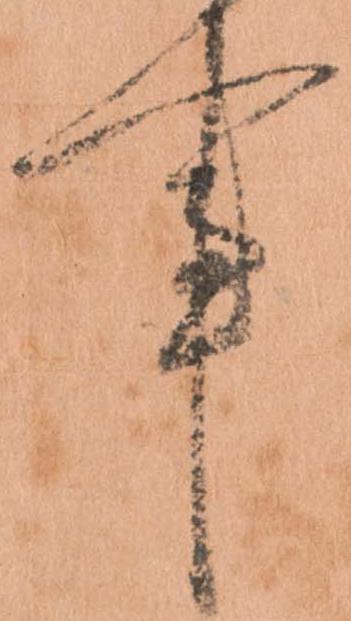
事